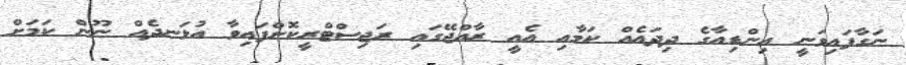
ނަގާފައިވަނީ އިންޑިއާގެ ދިދައެއް ކަމާއި އެއީ ރާއްޖޭގައި ރަޖިސްޓްރީކޮށްފައިވާ އުޅަނދެއް ނޫން ކަމަށް